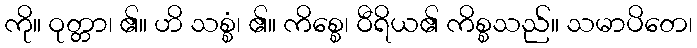
ကို။ ဝုတ္တာ၊ ၏။ ဟိ သစ္စံ၊ ၏။ ကိစ္စေ၊ ဝီရိယ၏ ကိစ္စသည်။ သမာပိတေ၊